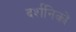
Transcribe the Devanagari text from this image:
दर्शनिकों